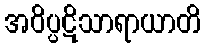
အဝိပ္ပဋိသာရာယာတိ